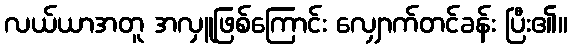
လယ်ယာအတူ အလှူဖြစ်ကြောင်း လျှောက်တင်ခန်း ပြီး၏။